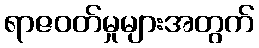
ရာဇဝတ်မှုများအတွက်